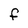
Character: F